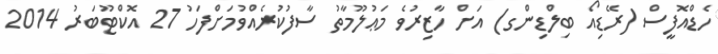
ހެޑްއޮފީސް (ރޭޑިއޯ ބިލްޑިންގ) އަށް ހާޒިރުވެ މަޢުލޫމާތު ސާފުކުރެއްވުމަށްފަހު 27 އޮކްޓޫބަރު 2014